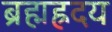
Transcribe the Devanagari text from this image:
ब्रह्मह्रदय